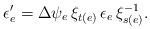
LaTeX: \begin{align*} \epsilon_e' = \Delta \psi_e \, \xi_{t(e)}\, \epsilon_e \, \xi_{s(e)}^{-1}.\end{align*}